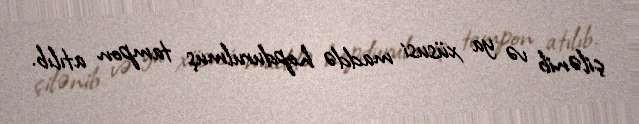
çilənib və ya xüsusi maddə hopdurulmuş tampon atılıb.